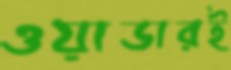
ওয়াডারই